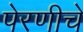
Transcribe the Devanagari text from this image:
पेरणीचे